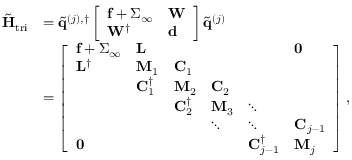
\begin{array} { r l } { \tilde { \mathbf { H } } _ { \mathrm { t r i } } } & { = \tilde { \mathbf { q } } ^ { ( j ) , \dagger } \left[ \begin{array} { l l } { \mathbf { f } + \boldsymbol { \Sigma } _ { \infty } } & { \mathbf { W } } \\ { \mathbf { W } ^ { \dagger } } & { \mathbf { d } } \end{array} \right] \tilde { \mathbf { q } } ^ { ( j ) } } \\ & { = \left[ \begin{array} { l l l l l l } { \mathbf { f } + \boldsymbol { \Sigma } _ { \infty } } & { \mathbf { L } } & & & & { \mathbf { 0 } } \\ { \mathbf { L } ^ { \dagger } } & { \mathbf { M } _ { 1 } } & { \mathbf { C } _ { 1 } } & & & \\ & { \mathbf { C } _ { 1 } ^ { \dagger } } & { \mathbf { M } _ { 2 } } & { \mathbf { C } _ { 2 } } & & \\ & & { \mathbf { C } _ { 2 } ^ { \dagger } } & { \mathbf { M } _ { 3 } } & { \ddots } & \\ & & & { \ddots } & { \ddots } & { \mathbf { C } _ { j - 1 } } \\ { \mathbf { 0 } } & & & & { \mathbf { C } _ { j - 1 } ^ { \dagger } } & { \mathbf { M } _ { j } } \end{array} \right] , } \end{array}